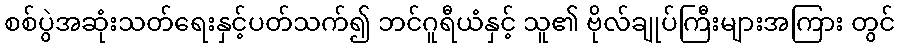
စစ်ပွဲအဆုံးသတ်ရေးနှင့်ပတ်သက်၍ ဘင်ဂူရီယံနှင့် သူ၏ ဗိုလ်ချုပ်ကြီးများအကြား တွင်